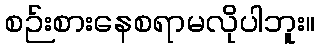
စဉ်းစားနေစရာမလိုပါဘူး။